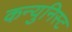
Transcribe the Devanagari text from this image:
कन्युनिस्ट